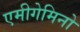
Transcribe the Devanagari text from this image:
एमीगेमिनो